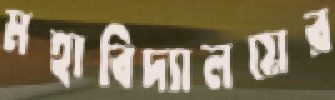
মহাবিদ্যালয়ের